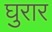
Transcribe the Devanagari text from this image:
घुरार